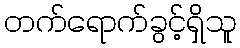
တက်ရောက်ခွင့်ရှိသူ